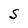
Character: S